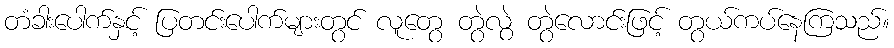
တံခါးပေါက်နှင့် ပြတင်းပေါက်များတွင် လူတွေ တွဲလွဲ တွဲလောင်းဖြင့် တွယ်ကပ်နေကြသည်။